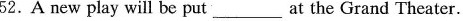
52.A new play will be put ___ at the Grand Theater.